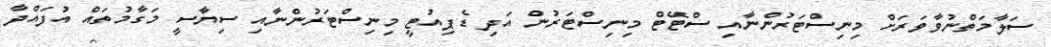
ސަލާމަތްނުވާވަރަށް މިނިސްޓަރުންނާއި ސްޓޭޓް މިނިސްޓަރުން އަދި ޑެޕިއުޓީ މިނިސްޓަރުންނާއި ސިޔާސީ މަގާމުތައް އުފައްދާ